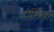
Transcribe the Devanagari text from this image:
टालियां